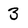
Character: 3